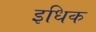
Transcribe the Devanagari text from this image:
इधिक